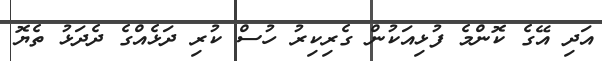
އަދި އޭގެ ކޮންމެ ފުޅިއަކުން ގެރިކިރު ހުސް ކުރި ދަޅެއްގެ ދެދަޅު ތެޔޮ